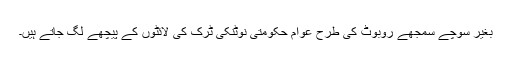
بغیر سوچے سمجھے روبوٹ کی طرح عوام حکومتی نوٹنکی ٹرک کی لائٹوں کے پیچھے لگ جاتے ہیں۔